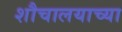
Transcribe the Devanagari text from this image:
शौचालयाच्या